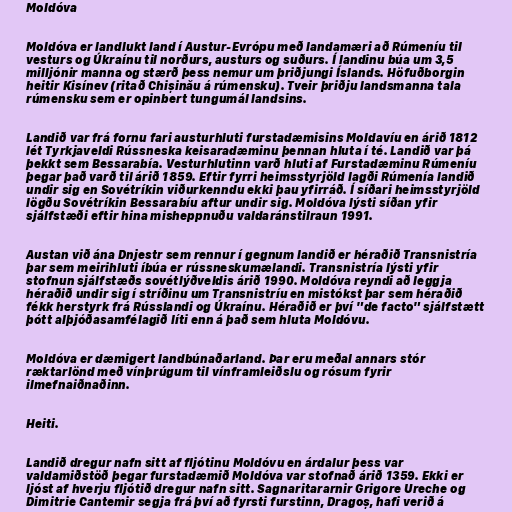
Moldóva

Moldóva er landlukt land í Austur-Evrópu með landamæri að Rúmeníu til
vesturs og Úkraínu til norðurs, austurs og suðurs. Í landinu búa um 3,5
milljónir manna og stærð þess nemur um þriðjungi Íslands. Höfuðborgin
heitir Kisínev (ritað Chișinău á rúmensku). Tveir þriðju landsmanna tala
rúmensku sem er opinbert tungumál landsins.

Landið var frá fornu fari austurhluti furstadæmisins Moldavíu en árið 1812
lét Tyrkjaveldi Rússneska keisaradæminu þennan hluta í té. Landið var þá
þekkt sem Bessarabía. Vesturhlutinn varð hluti af Furstadæminu Rúmeníu
þegar það varð til árið 1859. Eftir fyrri heimsstyrjöld lagði Rúmenía landið
undir sig en Sovétríkin viðurkenndu ekki þau yfirráð. Í síðari heimsstyrjöld
lögðu Sovétríkin Bessarabíu aftur undir sig. Moldóva lýsti síðan yfir
sjálfstæði eftir hina misheppnuðu valdaránstilraun 1991.

Austan við ána Dnjestr sem rennur í gegnum landið er héraðið Transnistría
þar sem meirihluti íbúa er rússneskumælandi. Transnistría lýsti yfir
stofnun sjálfstæðs sovétlýðveldis árið 1990. Moldóva reyndi að leggja
héraðið undir sig í stríðinu um Transnistríu en mistókst þar sem héraðið
fékk herstyrk frá Rússlandi og Úkraínu. Héraðið er því "de facto" sjálfstætt
þótt alþjóðasamfélagið líti enn á það sem hluta Moldóvu.

Moldóva er dæmigert landbúnaðarland. Þar eru meðal annars stór
ræktarlönd með vínþrúgum til vínframleiðslu og rósum fyrir
ilmefnaiðnaðinn.

Heiti.

Landið dregur nafn sitt af fljótinu Moldóvu en árdalur þess var
valdamiðstöð þegar furstadæmið Moldóva var stofnað árið 1359. Ekki er
ljóst af hverju fljótið dregur nafn sitt. Sagnaritararnir Grigore Ureche og
Dimitrie Cantemir segja frá því að fyrsti furstinn, Dragoș, hafi verið á